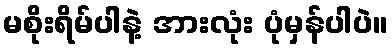
မစိုးရိမ်ပါနဲ့ အားလုံး ပုံမှန်ပါပဲ။